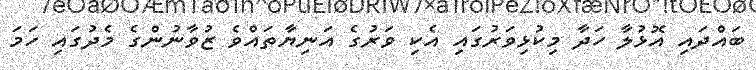
ބައްދައި އޮޅުލާ ހަދާ މިކުޅިވަރުގައި އެކި ވަރުގެ އަނިޔާތައްވެ ޒުވާނުންގެ މެދުގައި ހަމަ